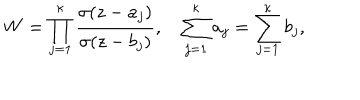
W = \prod _ { j = 1 } ^ { \kappa } \frac { \sigma ( z - a _ { j } ) } { \sigma ( z - b _ { j } ) } , \quad \sum _ { j = 1 } ^ { \kappa } a _ { j } = \sum _ { j = 1 } ^ { \kappa } b _ { j } ,